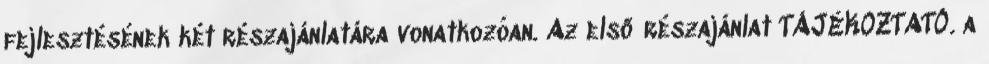
fejlesztésének két részajánlatára vonatkozóan. Az első részajánlat TÁJÉKOZTATÓ. a